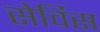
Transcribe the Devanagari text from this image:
सेर्विस